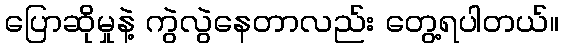
ပြောဆိုမှုနဲ့ ကွဲလွဲနေတာလည်း တွေ့ရပါတယ်။